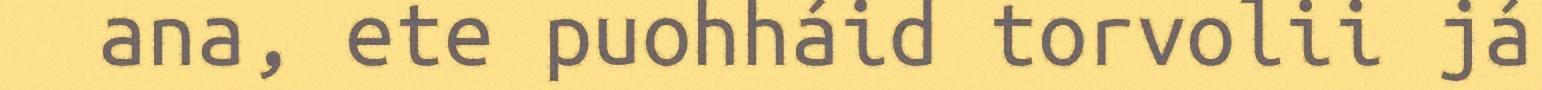
ana, ete puohháid torvolii já